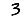
Digit: 3